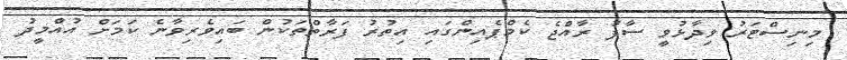
މިނިސްޓަރު ވިދާޅުވީ ސާފު ރާއްޖެ ކެމްޕެއިންގައި އިތުރު ފަރާތްތަކުން ބައިވެރިވާނެ ކަމަށް އުއްމީދު